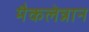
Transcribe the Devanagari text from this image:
मैकलेन्नान